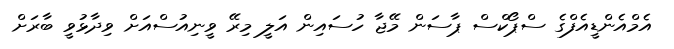
އެމްއެންޑީއެފްގެ ސްޕޯކްސް ޕާސަން މޭޖާ ހުސައިން އަލީ މިރޭ ވީނިއުސްއަށް ވިދާޅުވީ ބާރަށް